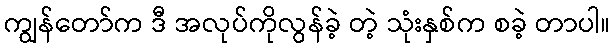
ကျွန်တော်က ဒီ အလုပ်ကိုလွန်ခဲ့ တဲ့ သုံးနှစ်က စခဲ့ တာပါ။